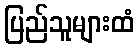
ပြည်သူများထံ